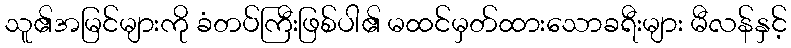
သူ၏အမြင်များကို ခံတပ်ကြီးဖြစ်ပါ၏ မထင်မှတ်ထားသောခရီးများ မီလန်နှင့်